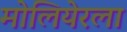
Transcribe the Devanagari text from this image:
मोलियेरला